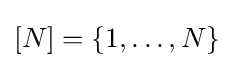
[N]=\{1,\dots ,N\}